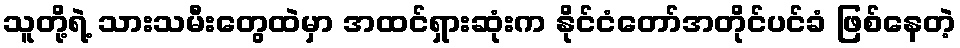
သူတို့ရဲ့ သားသမီးတွေထဲမှာ အထင်ရှားဆုံးက နိုင်ငံတော်အတိုင်ပင်ခံ ဖြစ်နေတဲ့